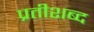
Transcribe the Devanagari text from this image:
प्रतीशब्द